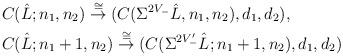
LaTeX: \begin{align*} & C(\hat{L}; n_1,n_2) \stackrel{\cong}{\rightarrow} (C(\Sigma^{2V_-} \hat{L},n_1, n_2), d_1, d_2), \\ & C(\hat{L}; n_1+1,n_2) \stackrel{\cong}{\rightarrow} ( C(\Sigma^{2V_-'} \hat{L}; n_1+1, n_2), d_1, d_2 ) \end{align*}